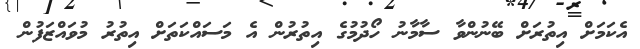
އެކަމަށް އިތުރަށް ބޭނުންވާ ސާމާނު ހޯދުމުގެ އިތުރުން އެ މަސައްކަތަށް އިތުރު މުވައްޒަފުން